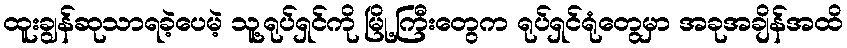
ထူးချွန်ဆုသာရခဲ့ပေမဲ့ သူ့ရုပ်ရှင်ကို မြို့ကြီးတွေက ရုပ်ရှင်ရုံတွေမှာ အခုအချိန်အထိ